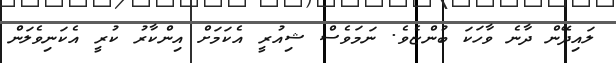
ލައިދޭން ދާނެ ވާހަކަ ބުންޏެވެ. ނަމަވެސް ޝިއުރީ އެކަމަށް އިންކާރު ކުރީ އެކަނިވެލަން